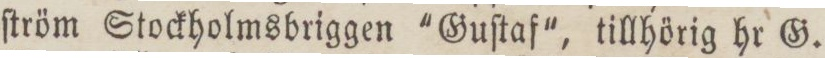
ſtröm Stockholmsbriggen 'Guſtaf', tillhörig hr G.